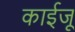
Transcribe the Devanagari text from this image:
काईजू